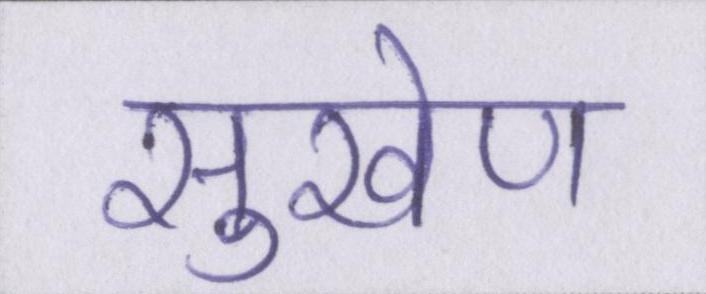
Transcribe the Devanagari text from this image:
सुखेण